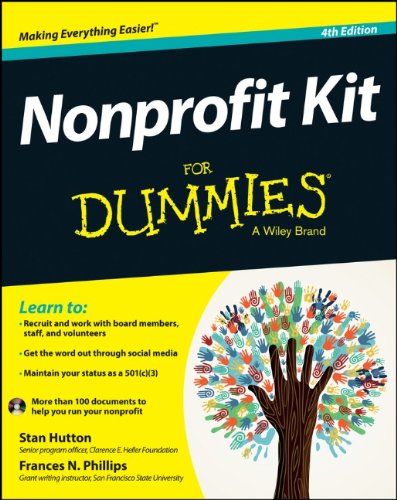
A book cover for Nonprofit Kit For Dummies; Stan Hutton; Business & Money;